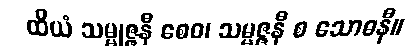
ထိယံ သမ္မုဇ္ဇနီ စေဝ၊ သမ္မဇ္ဇနီ စ သောဓနီ။